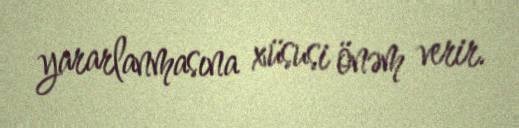
yararlanmasına xüsusi önəm verir.